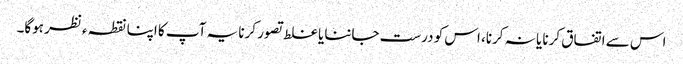
اس سے اتفاق کرنا یا نہ کرنا، اس کو درست جاننا یا غلط تصور کرنا یہ آپ کا اپنا نقطہ ءنظر ہوگا۔